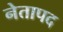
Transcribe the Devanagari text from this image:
नेतापद